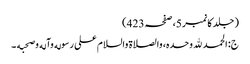
( جلد کا نمبر 5، صفحہ 423)
ج: الحمد لله وحده، والصلاة والسلام علی رسوله وآله وصحبه ۔